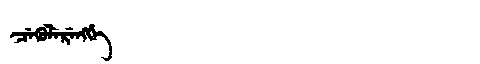
Manchu: ᠴᡝᡴᡠᠯᡝᡵᡝᠩᡤᡝ
Romanization: CEKULERENGGE